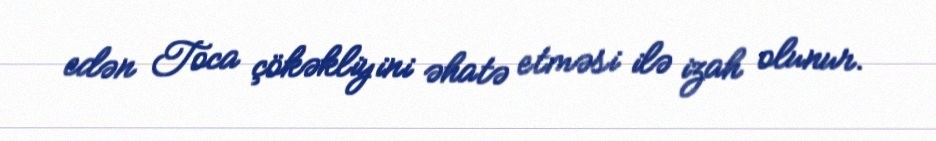
edən Toca çökəkliyini əhatə etməsi ilə izah olunur.